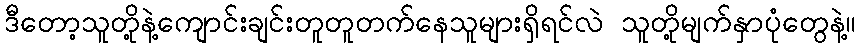
ဒီတော့သူတို့နဲ့ကျောင်းချင်းတူတူတက်နေသူများရှိရင်လဲ သူတို့မျက်နှာပုံတွေနဲ့။